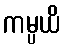
ကမ္ပယိ